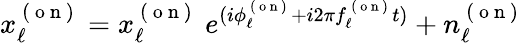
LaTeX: x_{\ell}^{\mathrm{~(~o~n~)~}}=x_{\ell}^{\mathrm{~(~o~n~)~}}\ e^{(i\phi_{\ell}^{\mathrm{~(~o~n~)~}}+i2\pi f_{\ell}^{\mathrm{~(~o~n~)~}}t)}+n_{\ell}^{\mathrm{~(~o~n~)~}}